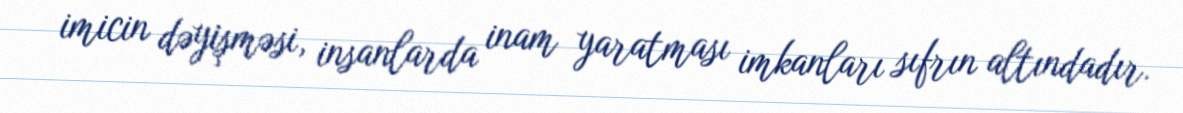
imicin dəyişməsi, insanlarda inam yaratması imkanları sıfrın altındadır.